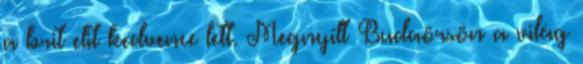
a brit elit kedvence lett. Megnyílt Budaörsön a világ